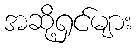
အဆို့ရှင်များ